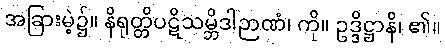
အခြားမဲ့၌။ နိရုတ္တိပဋိသမ္ဘိဒါဉာဏံ၊ ကို။ ဥဒ္ဒိဋ္ဌာနိ၊ ၏။